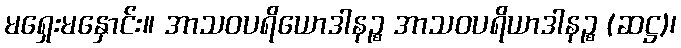
မရှေးမနှောင်း။ အာသဝပရိယောဒါနဉ္စ အာသဝပရိယာဒါနဉ္စ (ဆဋ္ဌ)၊